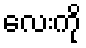
လေးကို